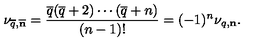
\nu _ { \overline { q } , \overline { { \bf n } } } = { \frac { \overline { q } ( \overline { q } + 2 ) \cdots ( \overline { q } + n ) } { ( n - 1 ) ! } } = ( - 1 ) ^ { n } \nu _ { q , { \bf n } } .